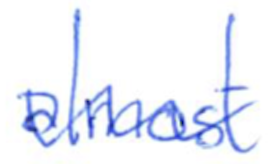
Text: almost
Cross-out: wave
Writing tool: ballpoint